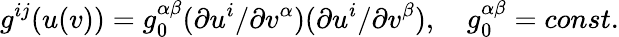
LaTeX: g^{ij}(u(v))=g_{0}^{\alpha\beta}(\partial u^{i}/\partial v^{\alpha})(\partial u^{i}/\partial v^{\beta}),\ \ \ \ g_{0}^{\alpha\beta}=const.